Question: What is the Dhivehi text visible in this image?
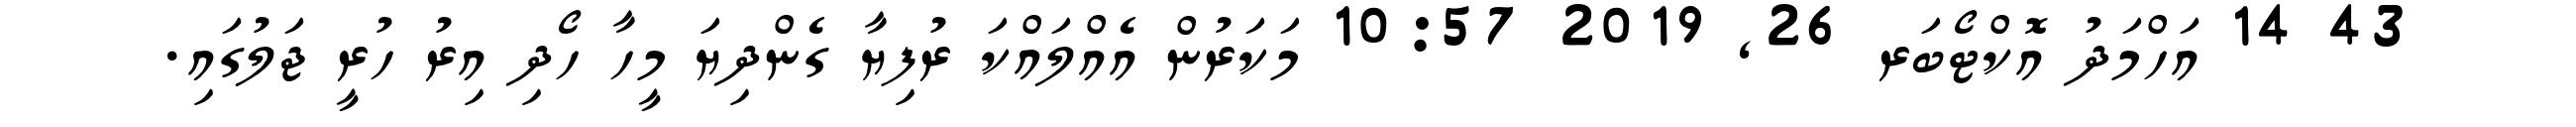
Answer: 43 14 އަހްމަދު އޮކްޓޯބަރ 26, 2019 10:57 މަކަރުން އެއްލައްކަ ރުފިޔާ ގެންދިޔަ މީހާ ހޯދި އިރު ހުރީ ޖަލުގައި.